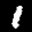
Label: 1